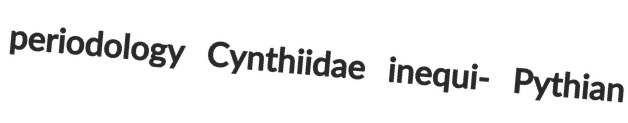
periodology Cynthiidae inequi- Pythian